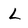
Character: L